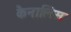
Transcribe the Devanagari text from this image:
कैनालिस